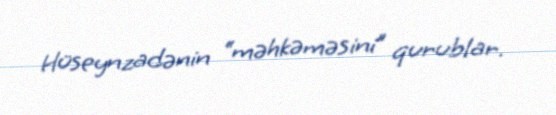
Hüseynzadənin “məhkəməsini” qurublar.